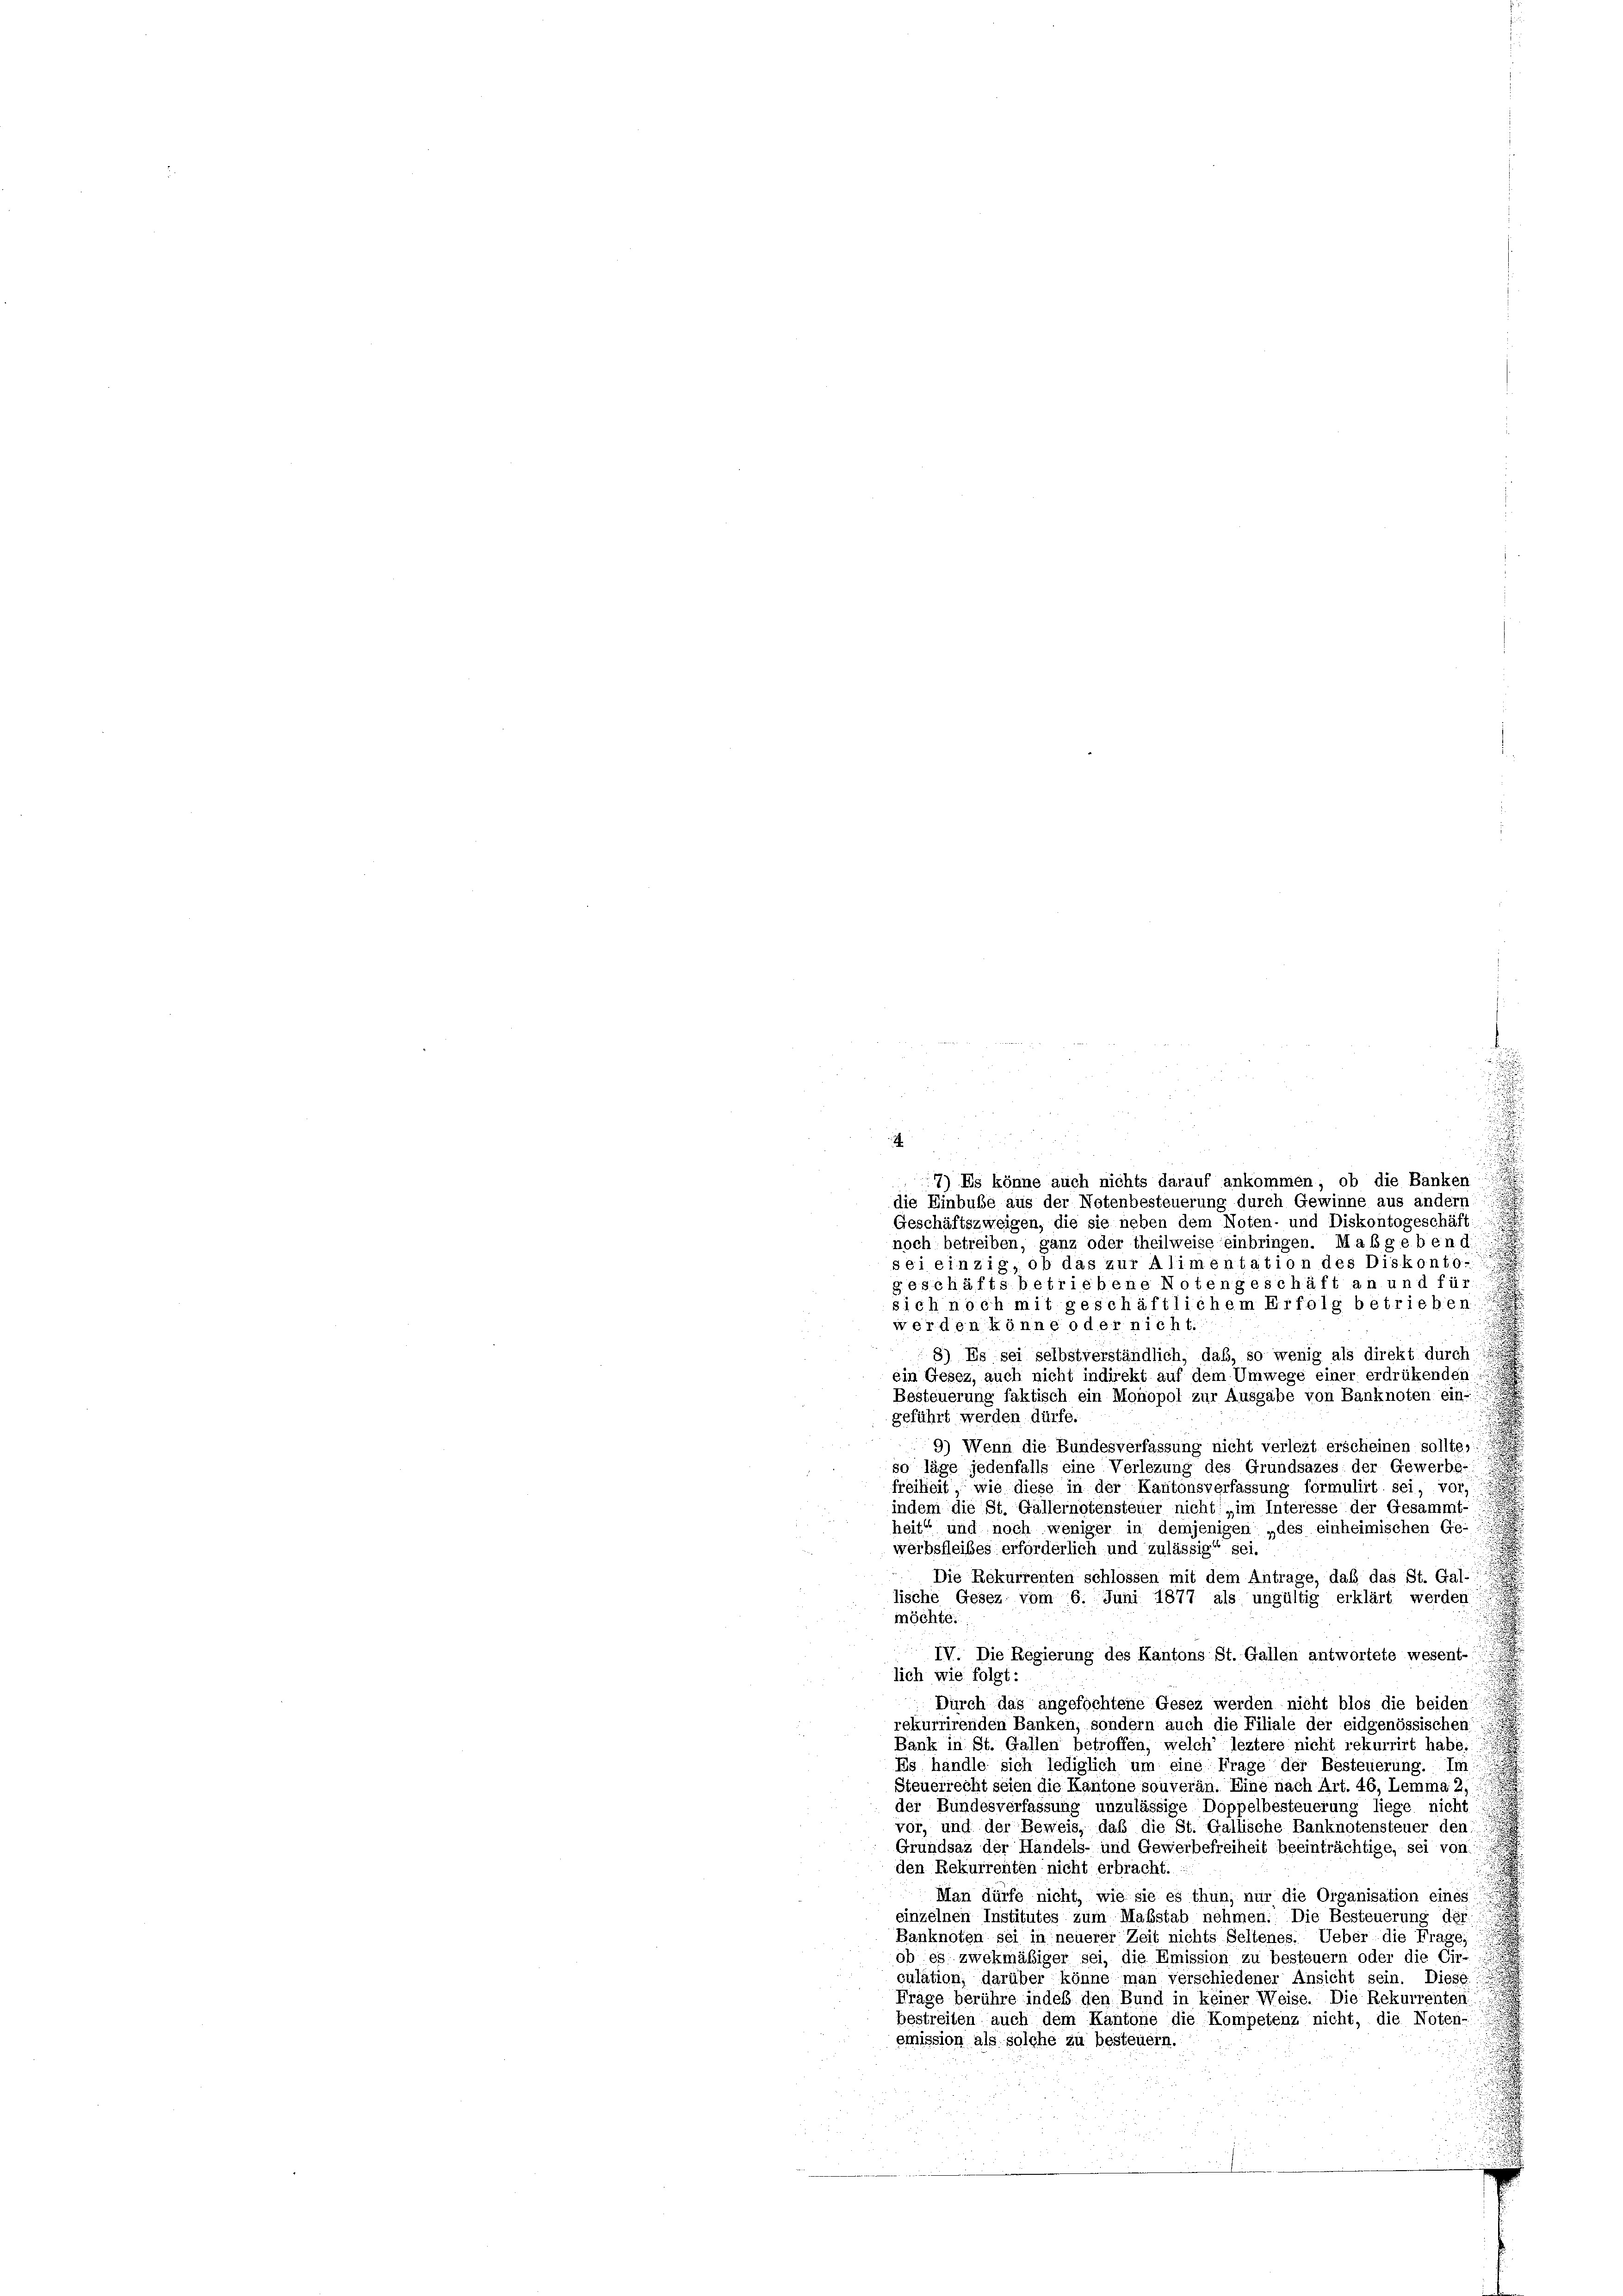
u

7) Es könne auch nichts darauf ankommen, ob die Banken
die Einbuße aus der Notenbesteuerung durch Gewinne aus andern
Geschäftszweigen, die sie neben dem Noten- und Diskontogeschäft
noch betreiben, ganz oder theilweise einbringen. Mabgeben d.
sei einzig, ob das zur Alimentation des Diskonto-
geschäfts betriebene Notengeschäft an und für
sich noch mit geschäftlichem Erfolg betrieben.
werden könne oder nicht.
8) Es sei selbstverständlich, daß, so wenig als direkt durch
ein Gesez, auch nicht indirekt auf dem Umwege einer erdrükenden
Besteuerung faktisch ein Monopol zur Ausgabe von Banknoten ein
geführt werden dürfe.
9) Wenn die Bundesverfassung nicht verlegt erscheinen sollte,
so läge jedenfalls eine Verlegung des Grundsazes der Gewerbe-
freiheit wie diese in der Kantonsverfassung formulirt sei, vor,
indem die St. Gallernotensteuer nicht im Interesse der Gesammt-
heit“ und noch weniger in demjenigen „des einheimischen Ge-
werbsfleibes erforderlich und zulässig“ sei.
Die Rekurrenten schlossen mit dem Antrage, daß das St. Gal-
lische Gesez vom 6. Juni 1877 als ungültig erklärt werden
möchte.
IV. Die Regierung des Kantons St. Gallen antwortete wesent-
lich wie folgt:
Durch das angefochtene Gesez werden nicht blos die beiden:
rekurrirenden Banken, sondern auch die Filiale der eidgenössischen
Bank in St. Gallen betroffen, welch’ leztere nicht rekurrirt habe.
Es handle sich lediglich um eine Frage der Besteuerung. Im
Steuerrecht seien die Kantone souveran. Eine nach Art. 46, Lemma 2,
)
der Bundesverfassung unzulässige Doppelbesteuerung liege nicht
vor, und der Beweis, daß die St. Gallische Banknotensteuer den:
Grundsaz der Handels- und Gewerbefreiheit beeinträchtige, sei von
den Rekurrenten nicht erbracht.
Man dürfe nicht, wie sie es thun, nur die Organisation eines
einzelnen Institutes zum Maßstab nehmen. Die Besteuerung der
Banknoten sei in neuerer Zeit nichts Seltenes. Ueber die Frage,
ob es zwekmäßiger sei, die Emission zu besteuern oder die Cir-
culation, darüber könne man verschiedener Ansicht sein. Diese
Frage berühre indes den Bund in keiner Weise. Die Rekurrenten
bestreiten auch dem Kantone die Kompetenz nicht, die Noten-
emission als solche zu besteuern.